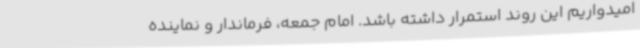
امیدواریم این روند استمرار داشته باشد. امام جمعه، فرماندار و نماینده